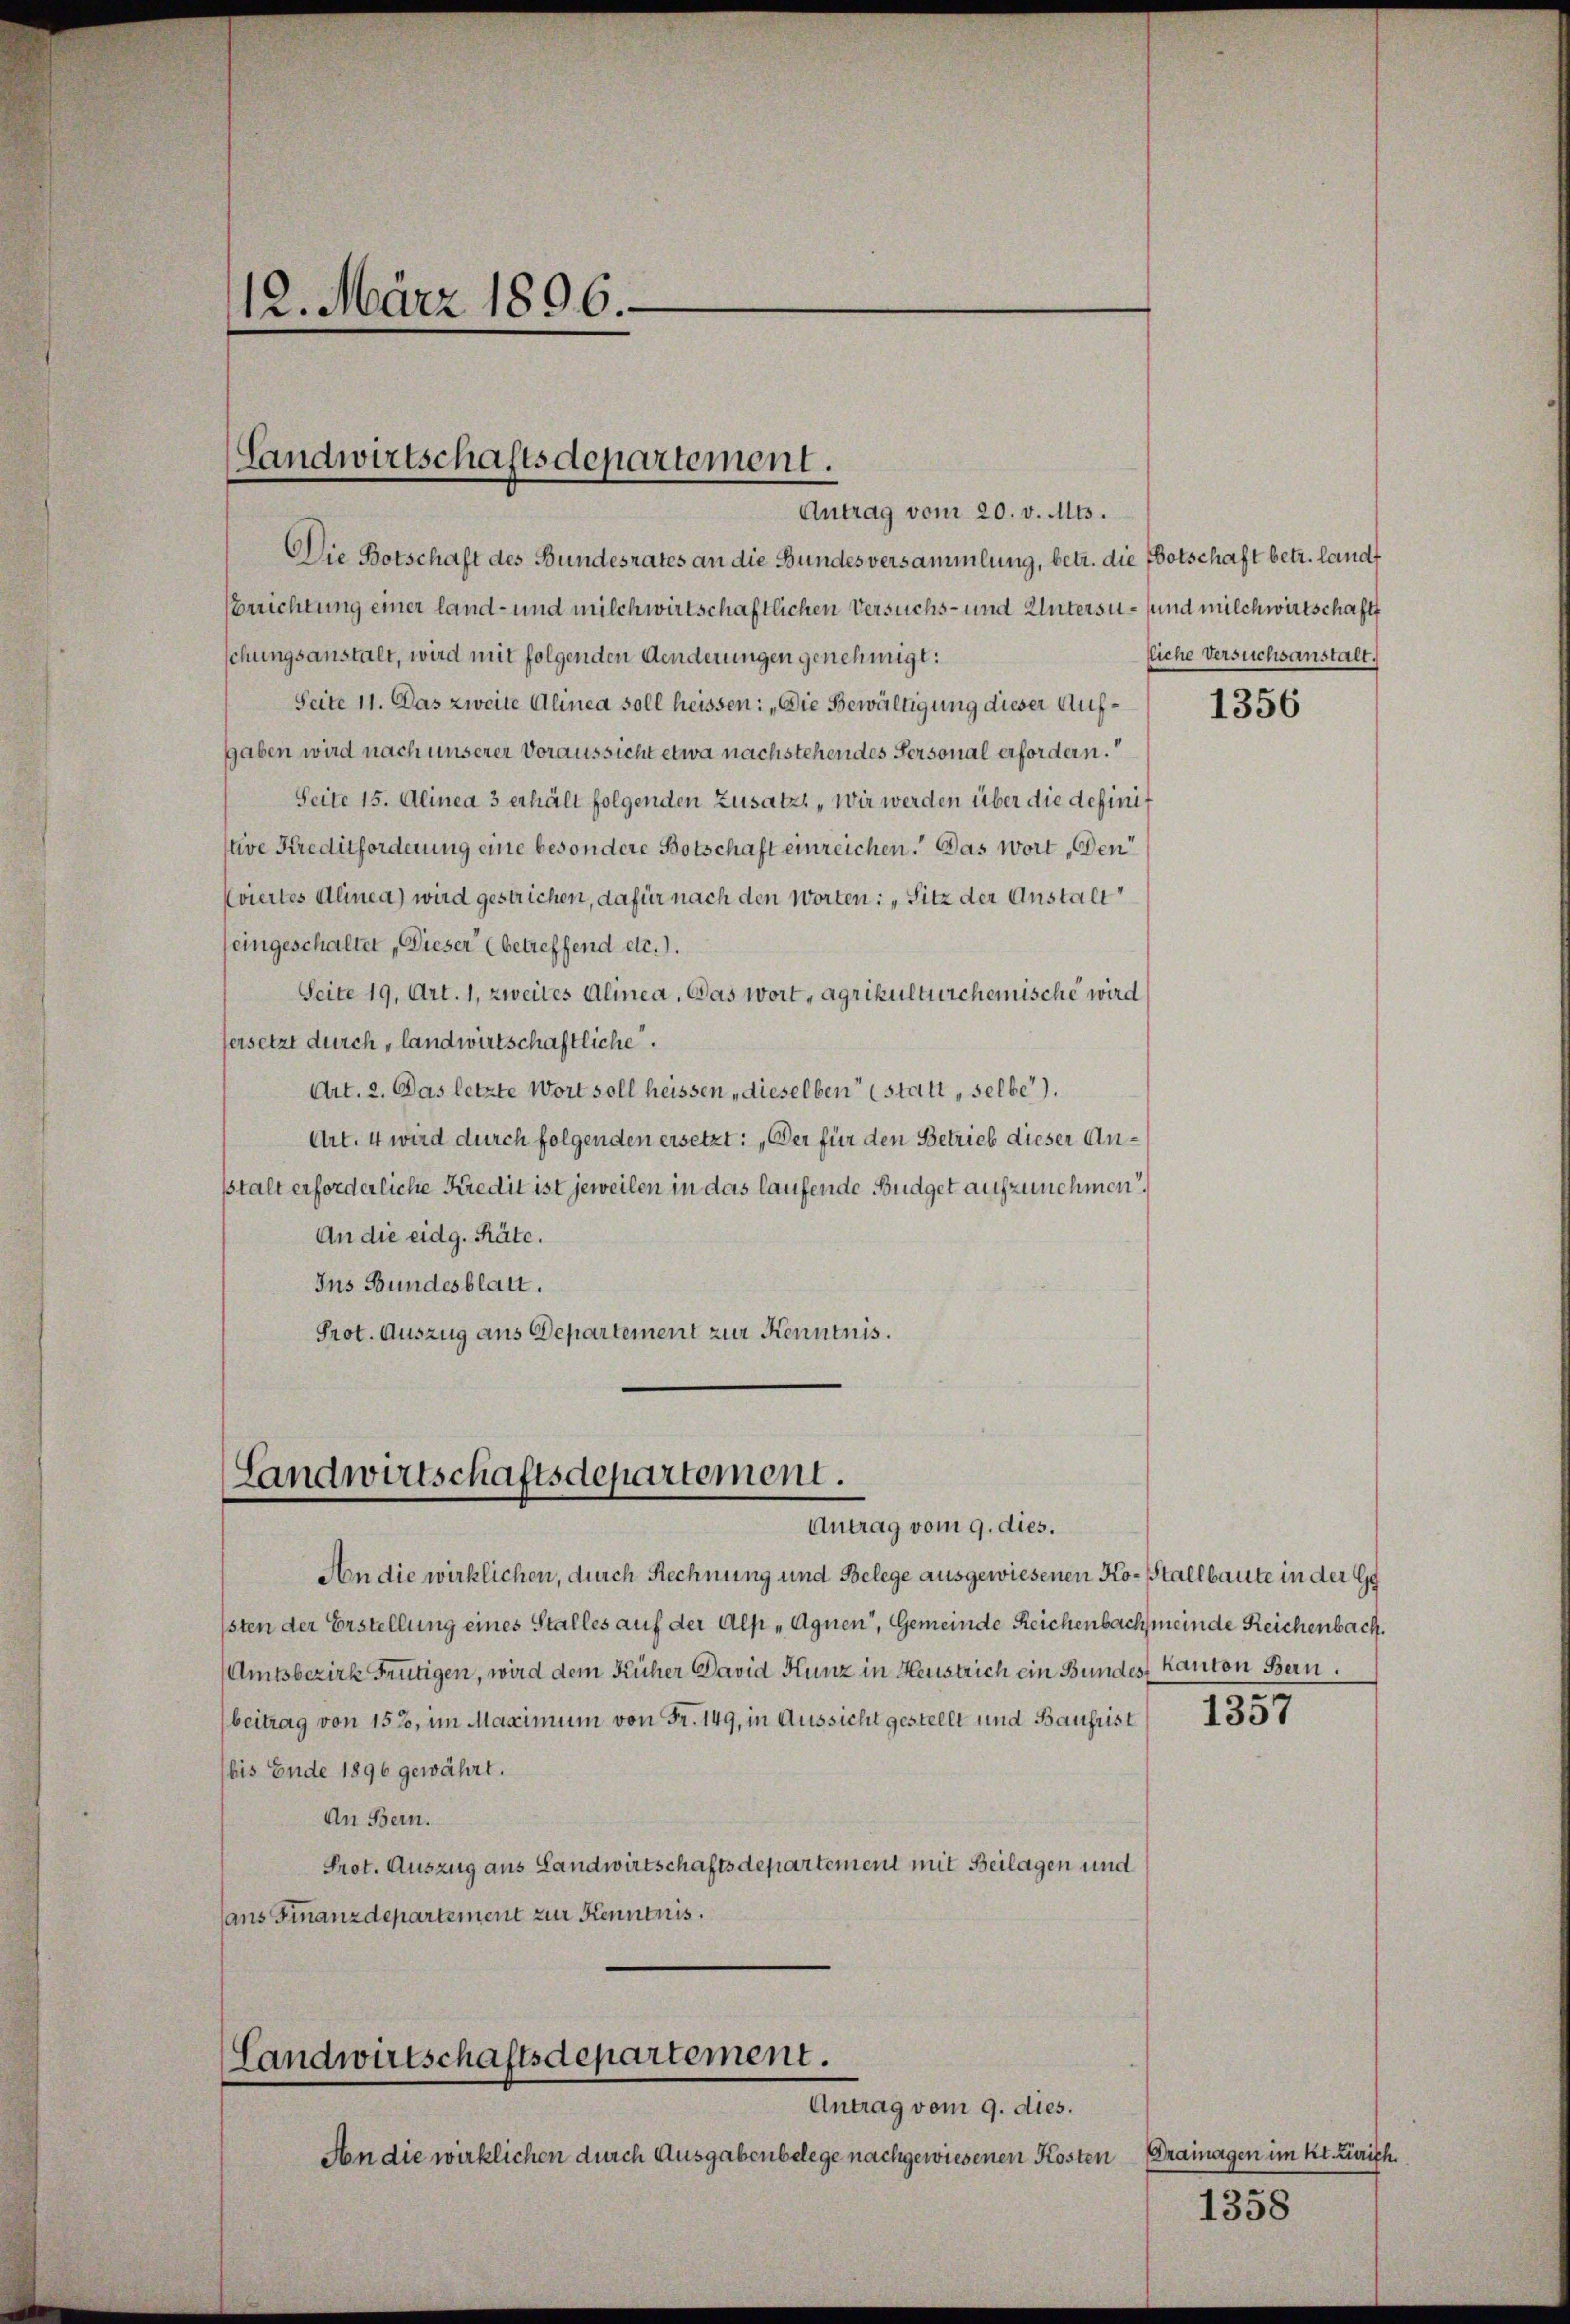
12. März 1896.

Landwirtschaftsdepartement.
Antrag vom 20. v. Mts.

Die Botschaft des Bundesrates an die Bundesversammlung, betr. die Botschaft betr. landt
Errichtung einer land- und milchwirtschaftlichen Versuchs- und Untersu- und milchwirtschaft
schungsanstalt, wird mit folgenden Aenderungen genehmigt:
Seite 11. Das zweite Alinea soll heissen: „Die Bewältigung dieser Aufgaben wird nach unserer Voraussicht etwa nachstehendes Personal erfordern.
Seite 15. Alinea 3 erhält folgenden Zusatz „Wir werden über die definit
stive Kreditforderung eine besondere Botschaft einreichen. Das Wort „Den
(viertes Alinea) wird gestrichen, dafür nach den Worten: „Sitz der Anstalt
eingeschaltet „Dieser (betreffend etc.).
Seite 19, Art. 1, zweites Alinea. Das wort, agrikulturchemische wird
ersetzt durch landwirtschaftliche.
Art. 2. Das letzte Wort soll heissen dieselben (statt „selbe).
Art. 4 wird durch folgenden ersetzt: „Der für den Betrieb dieser Anstalt erforderliche Kredit ist jeweilen in das laufende Budget aufzunehmen.
An die eidg. Räte.
Ins Bundesblatt.
Prot. Auszug aus Departement zur Kenntnis.

Landwirtschaftsdepartement.
Antrag vom 9. dies.

An die wirklichen, durch Rechnung und Belege ausgewiesenen Ko-stallbaute in der Gy
sten der Erstellung eines Stalles auf der Alp „Agnen, Gemeinde Reichenbach meinde Reichenbach.
(Amtsbezirk Frutigen, wird dem Kücher David Hunz in Heustrich ein Bundes kanton Bern.
beitrag von 152, im Maximum von Fr. 149, in Aussicht gestellt und Baufrist
bis Ende 1896 gewährt.
An Bern.
Prot. Auszug aus Landwirtschaftsdepartement mit Beilagen und
ans Finanzdepartement zur Kenntnis.

Landwirtschaftsdepartement.
Antrag vom 9. dies.

An die wirklichen durch Ausgabenbelege nachgewiesenen Kosten

lliche Versuchsanstalt.

1356

1357

Drainagen im Kt. Zürich.
1358